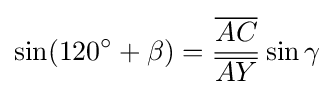
\sin(120^{\circ }+\beta )={\frac {\overline {AC}}{\overline {AY}}}\sin \gamma